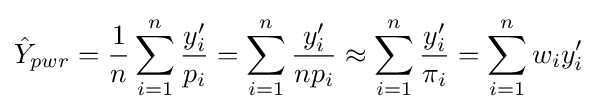
{\hat {Y}}_{pwr}={\frac {1}{n}}\sum _{i=1}^{n}{\frac {y'_{i}}{p_{i}}}=\sum _{i=1}^{n}{\frac {y'_{i}}{np_{i}}}\approx \sum _{i=1}^{n}{\frac {y'_{i}}{\pi _{i}}}=\sum _{i=1}^{n}w_{i}y'_{i}